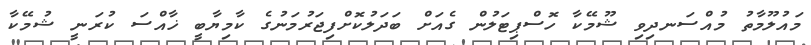
މައުލޫމާތު މުއްސަނދިވި ޝޫމޭކާ ހޮސްޕިޓަލުން ގެއަށް ބަދަލުކޮށްފިޖަރުމަނުގެ ކާމިޔާބީ ޚާއްސަ ކުރަނީ ޝުމޭކާ